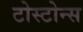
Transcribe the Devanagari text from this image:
टोस्टोन्स